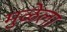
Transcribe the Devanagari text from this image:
मुळेला